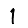
Digit: 1